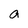
Character: a